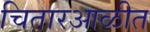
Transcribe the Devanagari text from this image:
चितारआळीत